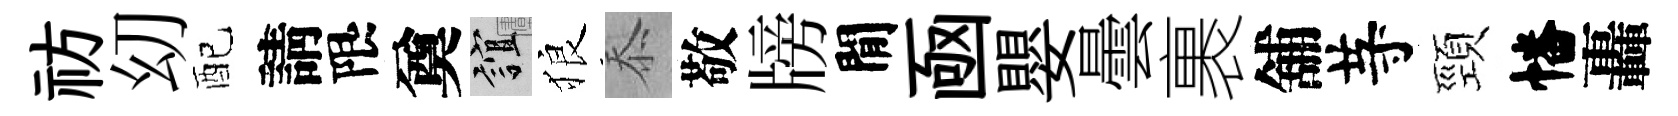
祊㓜配請限奠誼狼忝敬牓閒凾嬰曇裹舖䒭頸幡轟